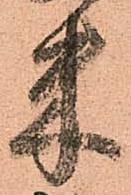
米